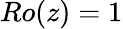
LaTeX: Ro(z)=1